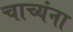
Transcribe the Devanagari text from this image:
चाच्यंना